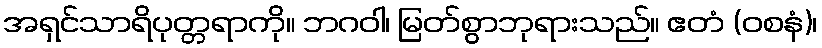
အရှင်သာရိပုတ္တရာကို။ ဘဂဝါ၊ မြတ်စွာဘုရားသည်။ ဧတံ (ဝစနံ)၊